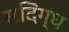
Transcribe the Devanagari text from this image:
सदिंग्ध